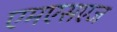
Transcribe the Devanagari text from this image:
एमएसएज